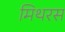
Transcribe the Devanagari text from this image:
मिथरस